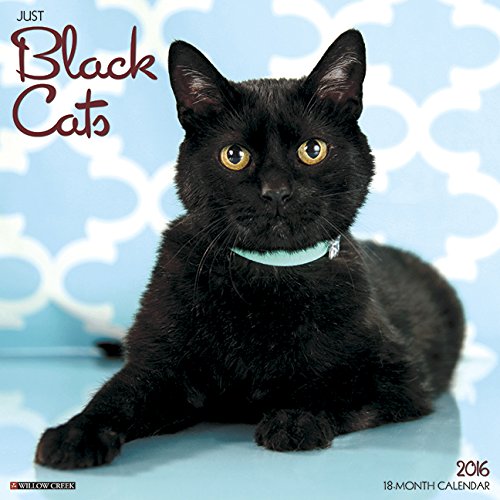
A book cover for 2016 Just Black Cats Wall Calendar; Willow Creek Press; Calendars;